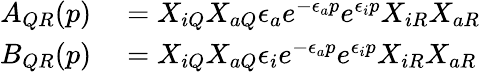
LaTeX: \begin{array}{rl}{A_{QR}(p)}&{{}=X_{iQ}X_{aQ}\epsilon_{a}e^{-\epsilon_{a}p}e^{\epsilon_{i}p}X_{iR}X_{aR}}\\ {B_{QR}(p)}&{{}=X_{iQ}X_{aQ}\epsilon_{i}e^{-\epsilon_{a}p}e^{\epsilon_{i}p}X_{iR}X_{aR}}\end{array}